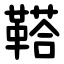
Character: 鞳